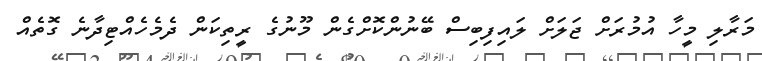
މަރާލި މީހާ އުމުރަށް ޖަލަށް ލައިފިބިސް ބޭނުންކޮށްގެން މޫނުގެ ރީތިކަން ދެމެހެއްޓިދާނެ ގޮތެއް